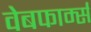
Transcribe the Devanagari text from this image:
वेबफार्म्स